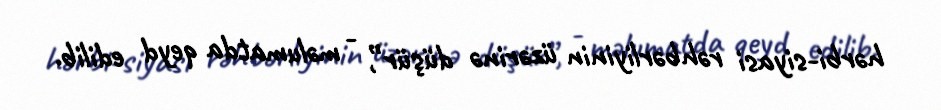
hərbi-siyasi rəhbərliyinin üzərinə düşür”, - məlumatda qeyd edilib.